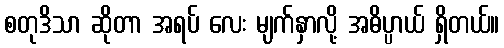
စတုဒိသာ ဆိုတာ အရပ် လေး မျက်နှာလို့ အဓိပ္ပာယ် ရှိတယ်။